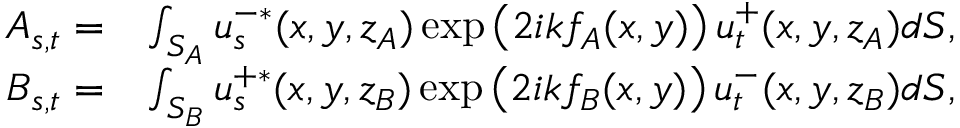
\begin{array} { r l } { A _ { s , t } = } & { \int _ { S _ { A } } u _ { s } ^ { - * } ( x , y , z _ { A } ) \exp \left( 2 i k f _ { A } ( x , y ) \right) u _ { t } ^ { + } ( x , y , z _ { A } ) d S , } \\ { B _ { s , t } = } & { \int _ { S _ { B } } u _ { s } ^ { + * } ( x , y , z _ { B } ) \exp \left( 2 i k f _ { B } ( x , y ) \right) u _ { t } ^ { - } ( x , y , z _ { B } ) d S , } \end{array}